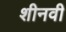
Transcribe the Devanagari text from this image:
शीनवी